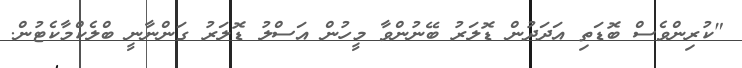
"ކުރިންވެސް ބޮޑަތި އަދަދުން ޑޮލަރު ބޭނުންވާ މީހުން އަސްލު ޑޮލަރު ގަންނާނީ ބްލެކްމާކެޓުން.